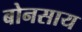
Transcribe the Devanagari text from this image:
बोनसाय